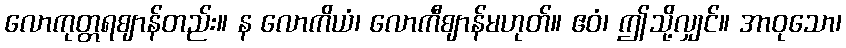
လောကုတ္တရဈာန်တည်း။ န လောကိယံ၊ လောကီဈာန်မဟုတ်။ ဧဝံ၊ ဤသို့လျှင်။ အာဝုသော၊